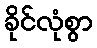
ခိုင်လုံစွာ